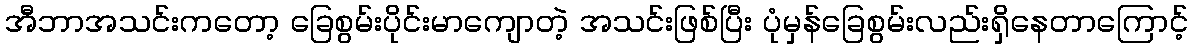
အီဘာအသင်းကတော့ ခြေစွမ်းပိုင်းမာကျောတဲ့ အသင်းဖြစ်ပြီး ပုံမှန်ခြေစွမ်းလည်းရှိနေတာကြောင့်